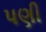
પણી